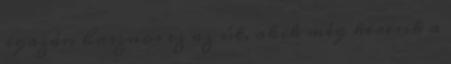
igazán hasznos ez az út, akik még keresik a